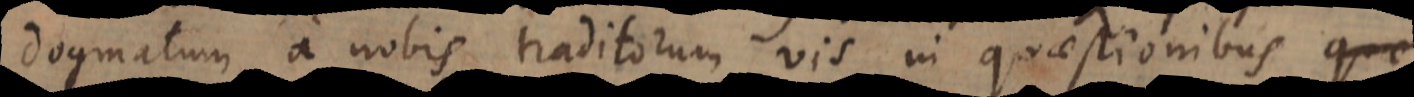
dogmatum a nobis traditorum vis in quaestionibus quae